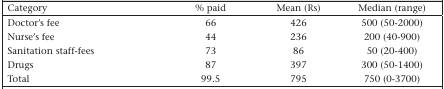
<table><thead><tr><td><b>Category</b></td><td><b>% paid</b></td><td><b>Mean (Rs)</b></td><td><b>Median (range)</b></td></tr></thead><tbody><tr><td>Doctor&#x27;s fee</td><td>66</td><td>426</td><td>500 (50-2000)</td></tr><tr><td>Nurse&#x27;s fee</td><td>44</td><td>236</td><td>200 (40-900)</td></tr><tr><td>Sanitation staff-fees</td><td>73</td><td>86</td><td>50 (20-400)</td></tr><tr><td>Drugs</td><td>87</td><td>397</td><td>300 (50-1400)</td></tr><tr><td>Total</td><td>99.5</td><td>795</td><td>750 (0-3700)</td></tr></tbody></table>